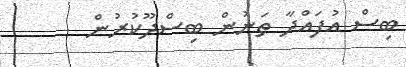
ބިސް އުފައްދާ ތަނުން ބިސްދޫކުރުން